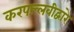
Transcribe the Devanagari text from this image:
करपल्लवीद्वारे